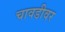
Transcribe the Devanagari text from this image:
चावडीवर